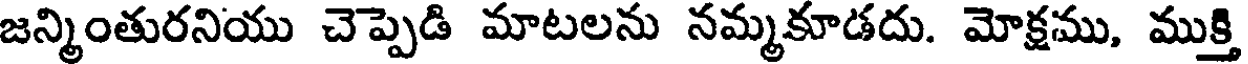
జన్మింతురనియు చెప్పెడి మాటలను నమ్మకూడదు. మోక్షము, ముక్తి